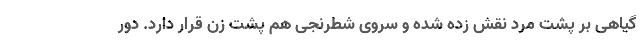
گیاهی بر پشت مرد نقش زده شده و سروی شطرنجی هم پشت زن قرار دارد. دور